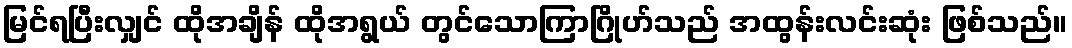
မြင်ရပြီးလျှင် ထိုအချိန် ထိုအရွယ် တွင်သောကြာဂြိုဟ်သည် အထွန်းလင်းဆုံး ဖြစ်သည်။